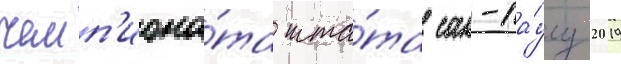
чемп'иона́та шта́та сан-па́улу 2019